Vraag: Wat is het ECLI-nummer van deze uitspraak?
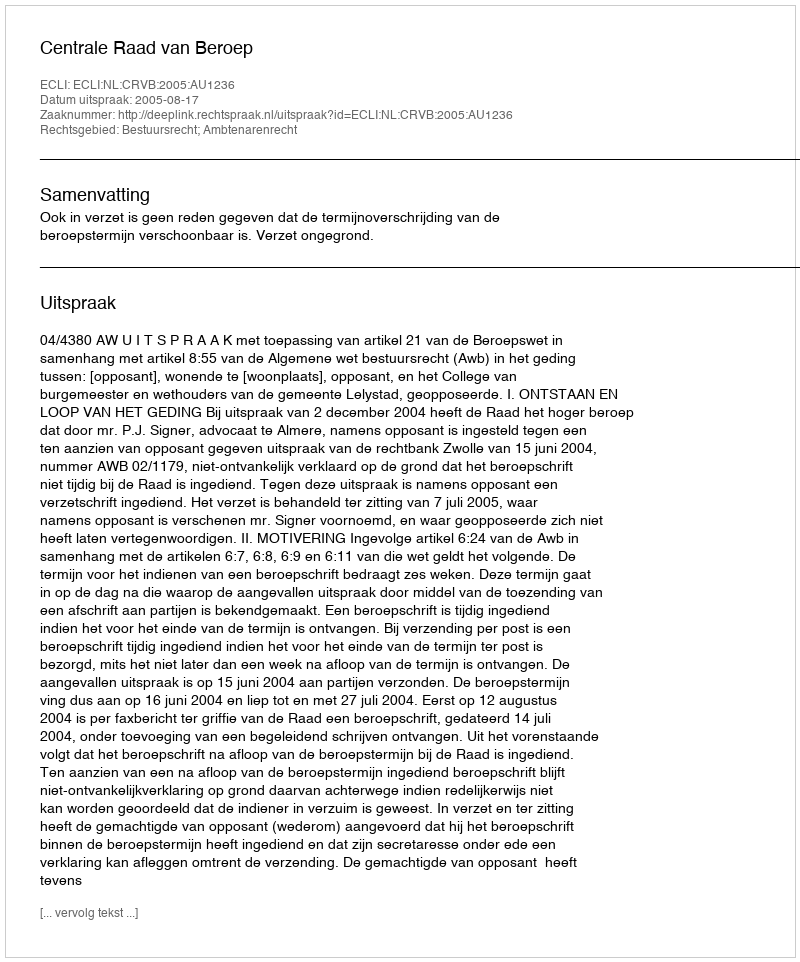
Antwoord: ECLI:NL:CRVB:2005:AU1236